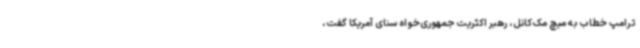
ترامپ خطاب به میچ مک‌کانل، رهبر اکثریت جمهوری‌خواه سنای آمریکا گفت،